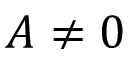
A \ne 0